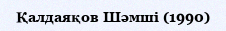
Қалдаяқов Шәмші (1990)